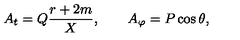
A _ { t } = Q { \frac { r + 2 m } { X } } , \qquad A _ { \varphi } = P \cos \theta ,